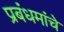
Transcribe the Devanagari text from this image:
प्रबंधमांचे